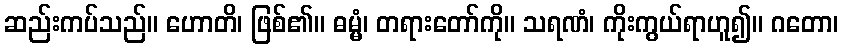
ဆည်းကပ်သည်။ ဟောတိ၊ ဖြစ်၏။ ဓမ္မံ၊ တရားတော်ကို။ သရဏံ၊ ကိုးကွယ်ရာဟူ၍။ ဂတော၊